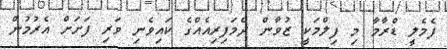
ފެމެލީ ޑްރާމާ މިި ފިލްމަކީ ޒުވާން ދެމަފިރިއެއްގެ ކައިވެނި ވަރި ފަށަށް އެރުމުން